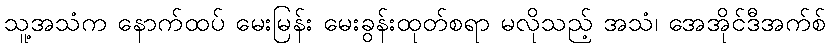
သူ့အသံက နောက်ထပ် မေးမြန်း မေးခွန်းထုတ်စရာ မလိုသည့် အသံ၊ အေအိုင်ဒီအက်စ်